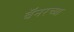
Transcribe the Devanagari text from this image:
बॅनरच्या